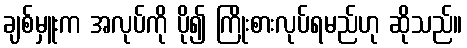
ချစ်မှူးက အလုပ်ကို ပို၍ ကြိုးစားလုပ်ရမည်ဟု ဆိုသည်။